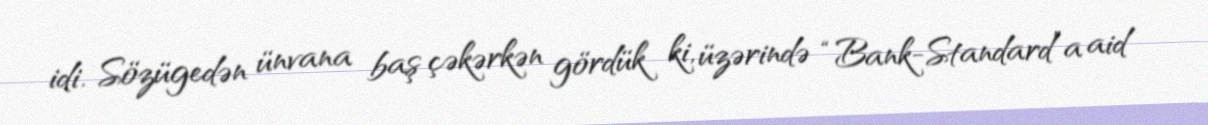
idi. Sözügedən ünvana baş çəkərkən gördük ki, üzərində “Bank-Standard”a aid